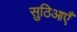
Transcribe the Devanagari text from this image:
सुठिआएँ